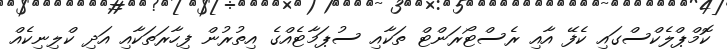
ކޮމްޕްލެކްސްގައި ކެފޭ އާއި ރެސްޓޯރަންޓް ތަކާއި ސުޕަމާޓެއްގެ އިތުރުން ފިހާރަތަކާއި އަދި ކްލިނިކެއް